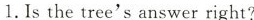
1.Is the tree's answer right?